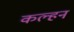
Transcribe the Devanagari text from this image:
कल्हन